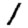
Digit: 1